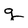
Character: g